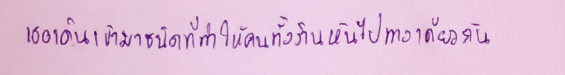
เธอเดินเข้ามาชนิดที่ทำให้คนทั้งร้านหันไปทางเดียวกัน